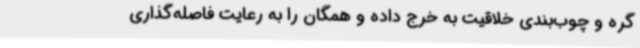
گره و چوب‌بندی خلاقیت به خرج داده و همگان را به رعایت فاصله‌گذاری